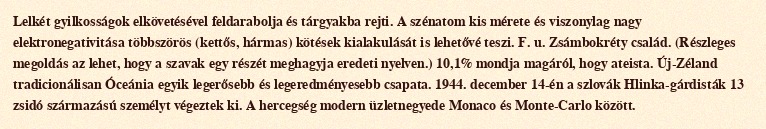
Lelkét gyilkosságok elkövetésével feldarabolja és tárgyakba rejti. A szénatom kis mérete és viszonylag nagy elektronegativitása többszörös (kettős, hármas) kötések kialakulását is lehetővé teszi. F. u. Zsámbokréty család. (Részleges megoldás az lehet, hogy a szavak egy részét meghagyja eredeti nyelven.) 10,1% mondja magáról, hogy ateista. Új-Zéland tradicionálisan Óceánia egyik legerősebb és legeredményesebb csapata. 1944. december 14-én a szlovák Hlinka-gárdisták 13 zsidó származású személyt végeztek ki. A hercegség modern üzletnegyede Monaco és Monte-Carlo között.